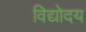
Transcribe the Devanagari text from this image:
विद्योदय